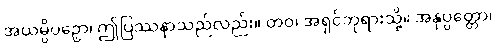
အယမ္ပိပဉှော၊ ဤပြဿနာသည်လည်း။ တဝ၊ အရှင်ဘုရားသို့။ အနုပ္ပတ္တော၊